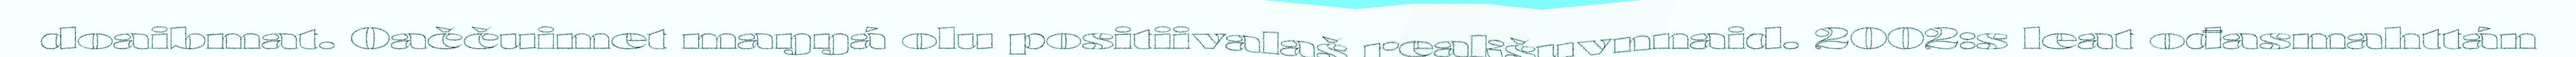
doaibmat. Oaččuimet maŋŋá olu positiivalaš reakšuvnnaid. 2002:s leat ođasmahttán